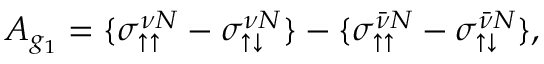
A _ { g _ { 1 } } = { \{ \sigma _ { \uparrow \uparrow } ^ { \nu N } - \sigma _ { \uparrow \downarrow } ^ { \nu N } \} - \{ \sigma _ { \uparrow \uparrow } ^ { \bar { \nu } N } - \sigma _ { \uparrow \downarrow } ^ { \bar { \nu } N } \} } ,